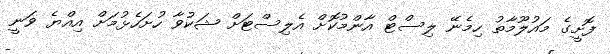
ފޮށީގެ މައުލޫމާތު ހިމެނޭ ލިސްޓް އާންމުކޮށް އެލިސްޓަށް ޝަކުވާ ހުށަހެޅުމަށް އިއްޔެ ވަނީ